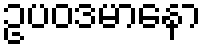
ဥပဝဒမာနော